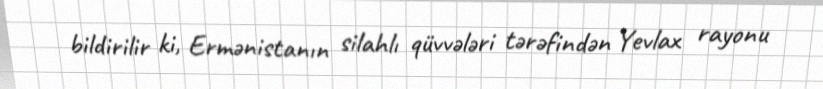
bildirilir ki, Ermənistanın silahlı qüvvələri tərəfindən Yevlax rayonu